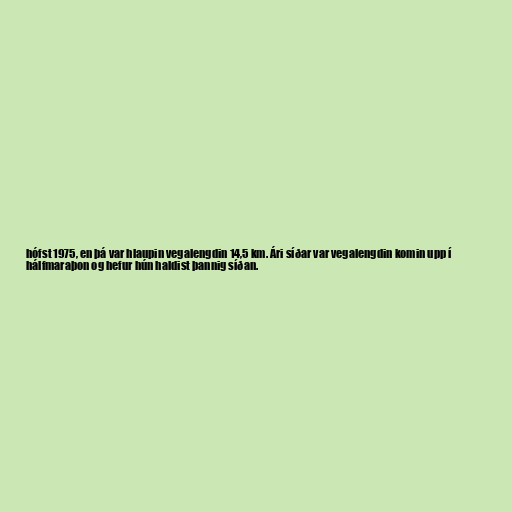
hófst 1975, en þá var hlaupin vegalengdin 14,5 km. Ári síðar var vegalengdin komin upp í
hálfmaraþon og hefur hún haldist þannig síðan.